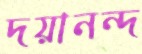
দয়ানন্দ